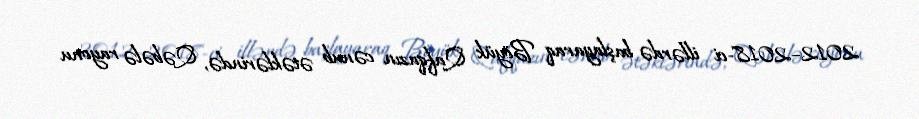
2012–2018-ci illərdə başlayaraq Böyük Qafqazın cənub ətəklərində, Qəbələ rayonu